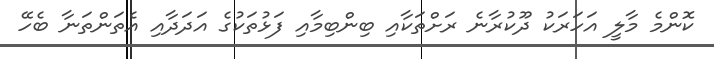
ކޮންމެ މާލީ އަހަރަކު ދޫކުރާނެ ރަށްތަކާއި ބިންބިމާއި ފަޅުތަކުގެ އަދަދާއި އެތަންތަނާ ބެހޭ